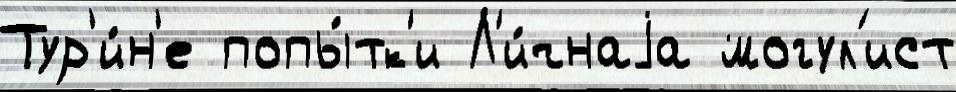
Тур'и́н'е попы́тк'и Л'и́чнаjа могул'ист